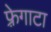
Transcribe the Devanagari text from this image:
फ़्रेगाटा